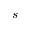
s